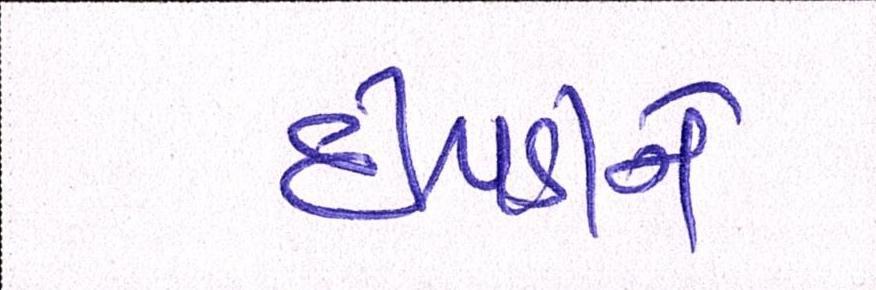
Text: દીપડીને